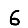
Digit: 6